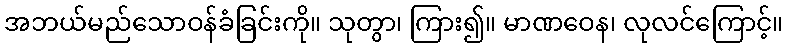
အဘယ်မည်သောဝန်ခံခြင်းကို။ သုတွာ၊ ကြား၍။ မာဏဝေန၊ လုလင်ကြောင့်။